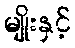
မျိုးနှင့်